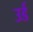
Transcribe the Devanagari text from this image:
उर्ड